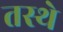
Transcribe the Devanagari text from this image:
तस्थे